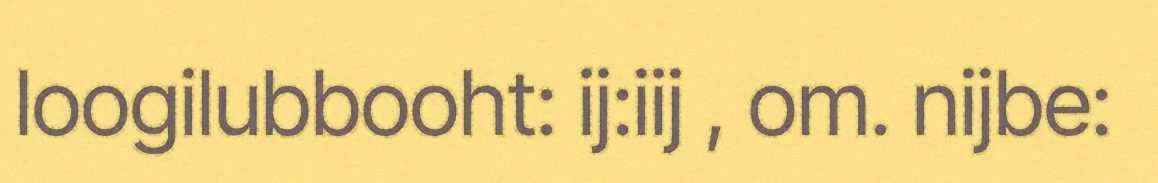
loogilubbooht: ij:iij , om. nijbe: